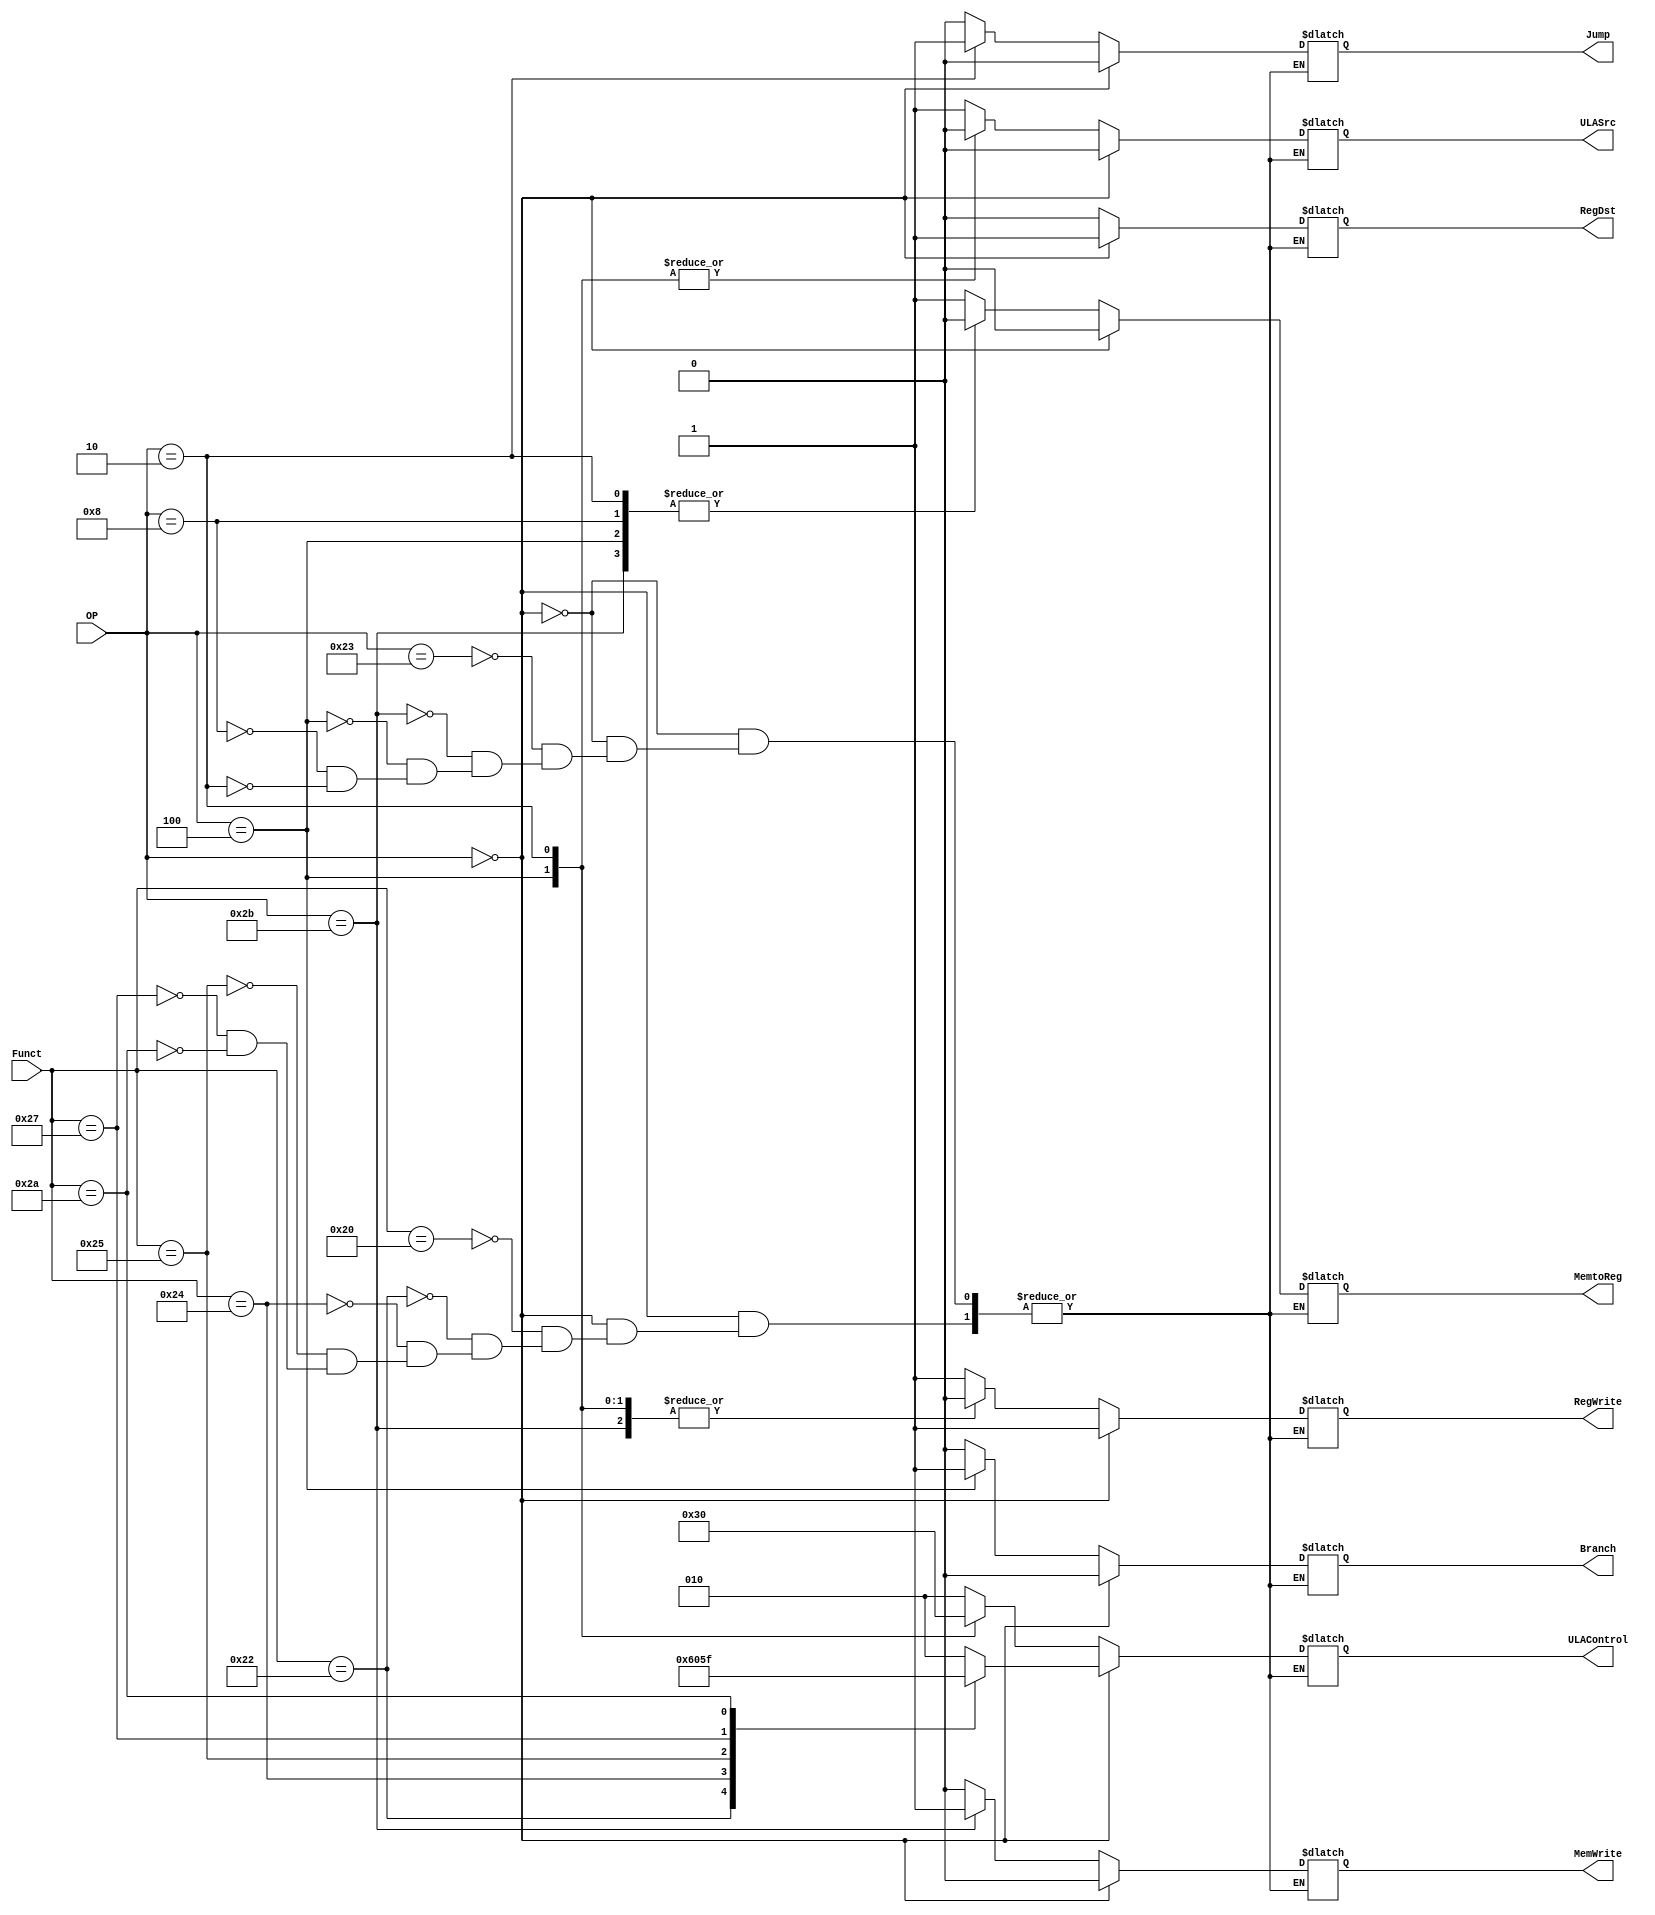
module Control_Unit(input [5:0]OP,Funct,
					output reg RegWrite, RegDst, ULASrc, Branch, MemWrite, MemtoReg, Jump,
               output reg [2:0] ULAControl);

	always@(*)begin	
		if(OP == 6'b000000)begin
          case(Funct)
				6'd32:begin  RegWrite = 1; RegDst = 1; ULASrc = 0; ULAControl = 3'b010; Branch = 0; MemWrite = 0; MemtoReg = 0; Jump = 0;end
				6'd34:begin  RegWrite = 1; RegDst = 1; ULASrc = 0; ULAControl = 3'b110; Branch = 0; MemWrite = 0; MemtoReg = 0; Jump = 0;end
				6'd36:begin  RegWrite = 1; RegDst = 1; ULASrc = 0; ULAControl = 3'b000; Branch = 0; MemWrite = 0; MemtoReg = 0; Jump = 0;end
				6'd37:begin  RegWrite = 1; RegDst = 1; ULASrc = 0; ULAControl = 3'b001; Branch = 0; MemWrite = 0; MemtoReg = 0; Jump = 0;end
				6'd39:begin  RegWrite = 1; RegDst = 1; ULASrc = 0; ULAControl = 3'b011; Branch = 0; MemWrite = 0; MemtoReg = 0; Jump = 0;end
				6'd42:begin  RegWrite = 1; RegDst = 1; ULASrc = 0; ULAControl = 3'b111; Branch = 0; MemWrite = 0; MemtoReg = 0; Jump = 0;end
          endcase
          end
     else begin
          case(OP)
				6'd35:begin  RegWrite = 1; RegDst = 0; ULASrc = 1; ULAControl = 3'b010; Branch = 0; MemWrite = 0; MemtoReg = 1; Jump = 0;end
				6'd43:begin  RegWrite = 0; RegDst = 0; ULASrc = 1; ULAControl = 3'b010; Branch = 0; MemWrite = 1; MemtoReg = 0; Jump = 0;end
				6'd4:begin   RegWrite = 0; RegDst = 0; ULASrc = 0; ULAControl = 3'b110; Branch = 1; MemWrite = 0; MemtoReg = 0; Jump = 0;end				
				6'd8:begin   RegWrite = 1; RegDst = 0; ULASrc = 1; ULAControl = 3'b010; Branch = 0; MemWrite = 0; MemtoReg = 0; Jump = 0;end
				6'd2:begin   RegWrite = 0; RegDst = 0; ULASrc = 0; ULAControl = 3'b000; Branch = 0; MemWrite = 0; MemtoReg = 0; Jump = 1;end
          endcase
			 end
	end
endmodule